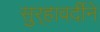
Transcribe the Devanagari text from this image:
सुर्‍हावर्दीने